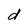
Character: d